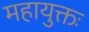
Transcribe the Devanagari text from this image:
महायुक्तः